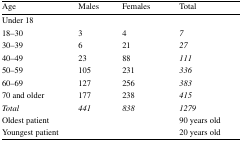
<table><thead><tr><td><b>Age</b></td><td><b>Males</b></td><td><b>Females</b></td><td><b>Total</b></td></tr></thead><tbody><tr><td colspan="4">Under 18</td></tr><tr><td>18–30</td><td>3</td><td>4</td><td><i>7</i></td></tr><tr><td>30–39</td><td>6</td><td>21</td><td><i>27</i></td></tr><tr><td>40–49</td><td>23</td><td>88</td><td><i>111</i></td></tr><tr><td>50–59</td><td>105</td><td>231</td><td><i>336</i></td></tr><tr><td>60–69</td><td>127</td><td>256</td><td><i>383</i></td></tr><tr><td>70 and older</td><td>177</td><td>238</td><td><i>415</i></td></tr><tr><td><i>Total</i></td><td><i>441</i></td><td><i>838</i></td><td><i>1279</i></td></tr><tr><td colspan="3">Oldest patient</td><td>90 years old</td></tr><tr><td colspan="3">Youngest patient</td><td>20 years old</td></tr></tbody></table>